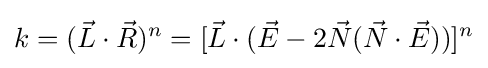
k=({\vec {L}}\cdot {\vec {R}})^{n}=[{\vec {L}}\cdot ({\vec {E}}-2{\vec {N}}({\vec {N}}\cdot {\vec {E}}))]^{n}